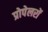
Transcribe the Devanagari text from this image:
प्रोपेलरों